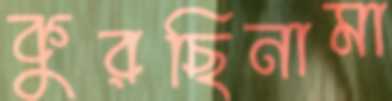
কুরছিনামা